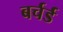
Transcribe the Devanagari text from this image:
बर्चर्ड